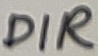
Text: DIR